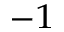
^ { - 1 }